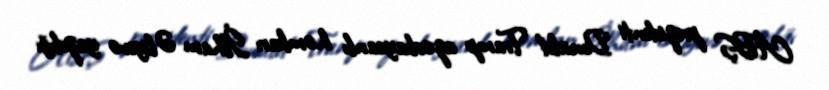
ABŞ prezidenti Donald Tramp azərbaycanlı həmkarı İlham Əliyevə yazdığı